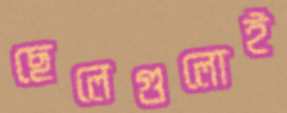
ছেলেগুলোই